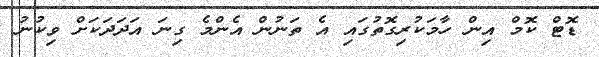
ޑޮޓް ކޮމް އިން ހާމަކުރިގޮތުގައި އެ ތަނުން އެންމެ ގިނަ އަދަދަކަށް ވިކުނު